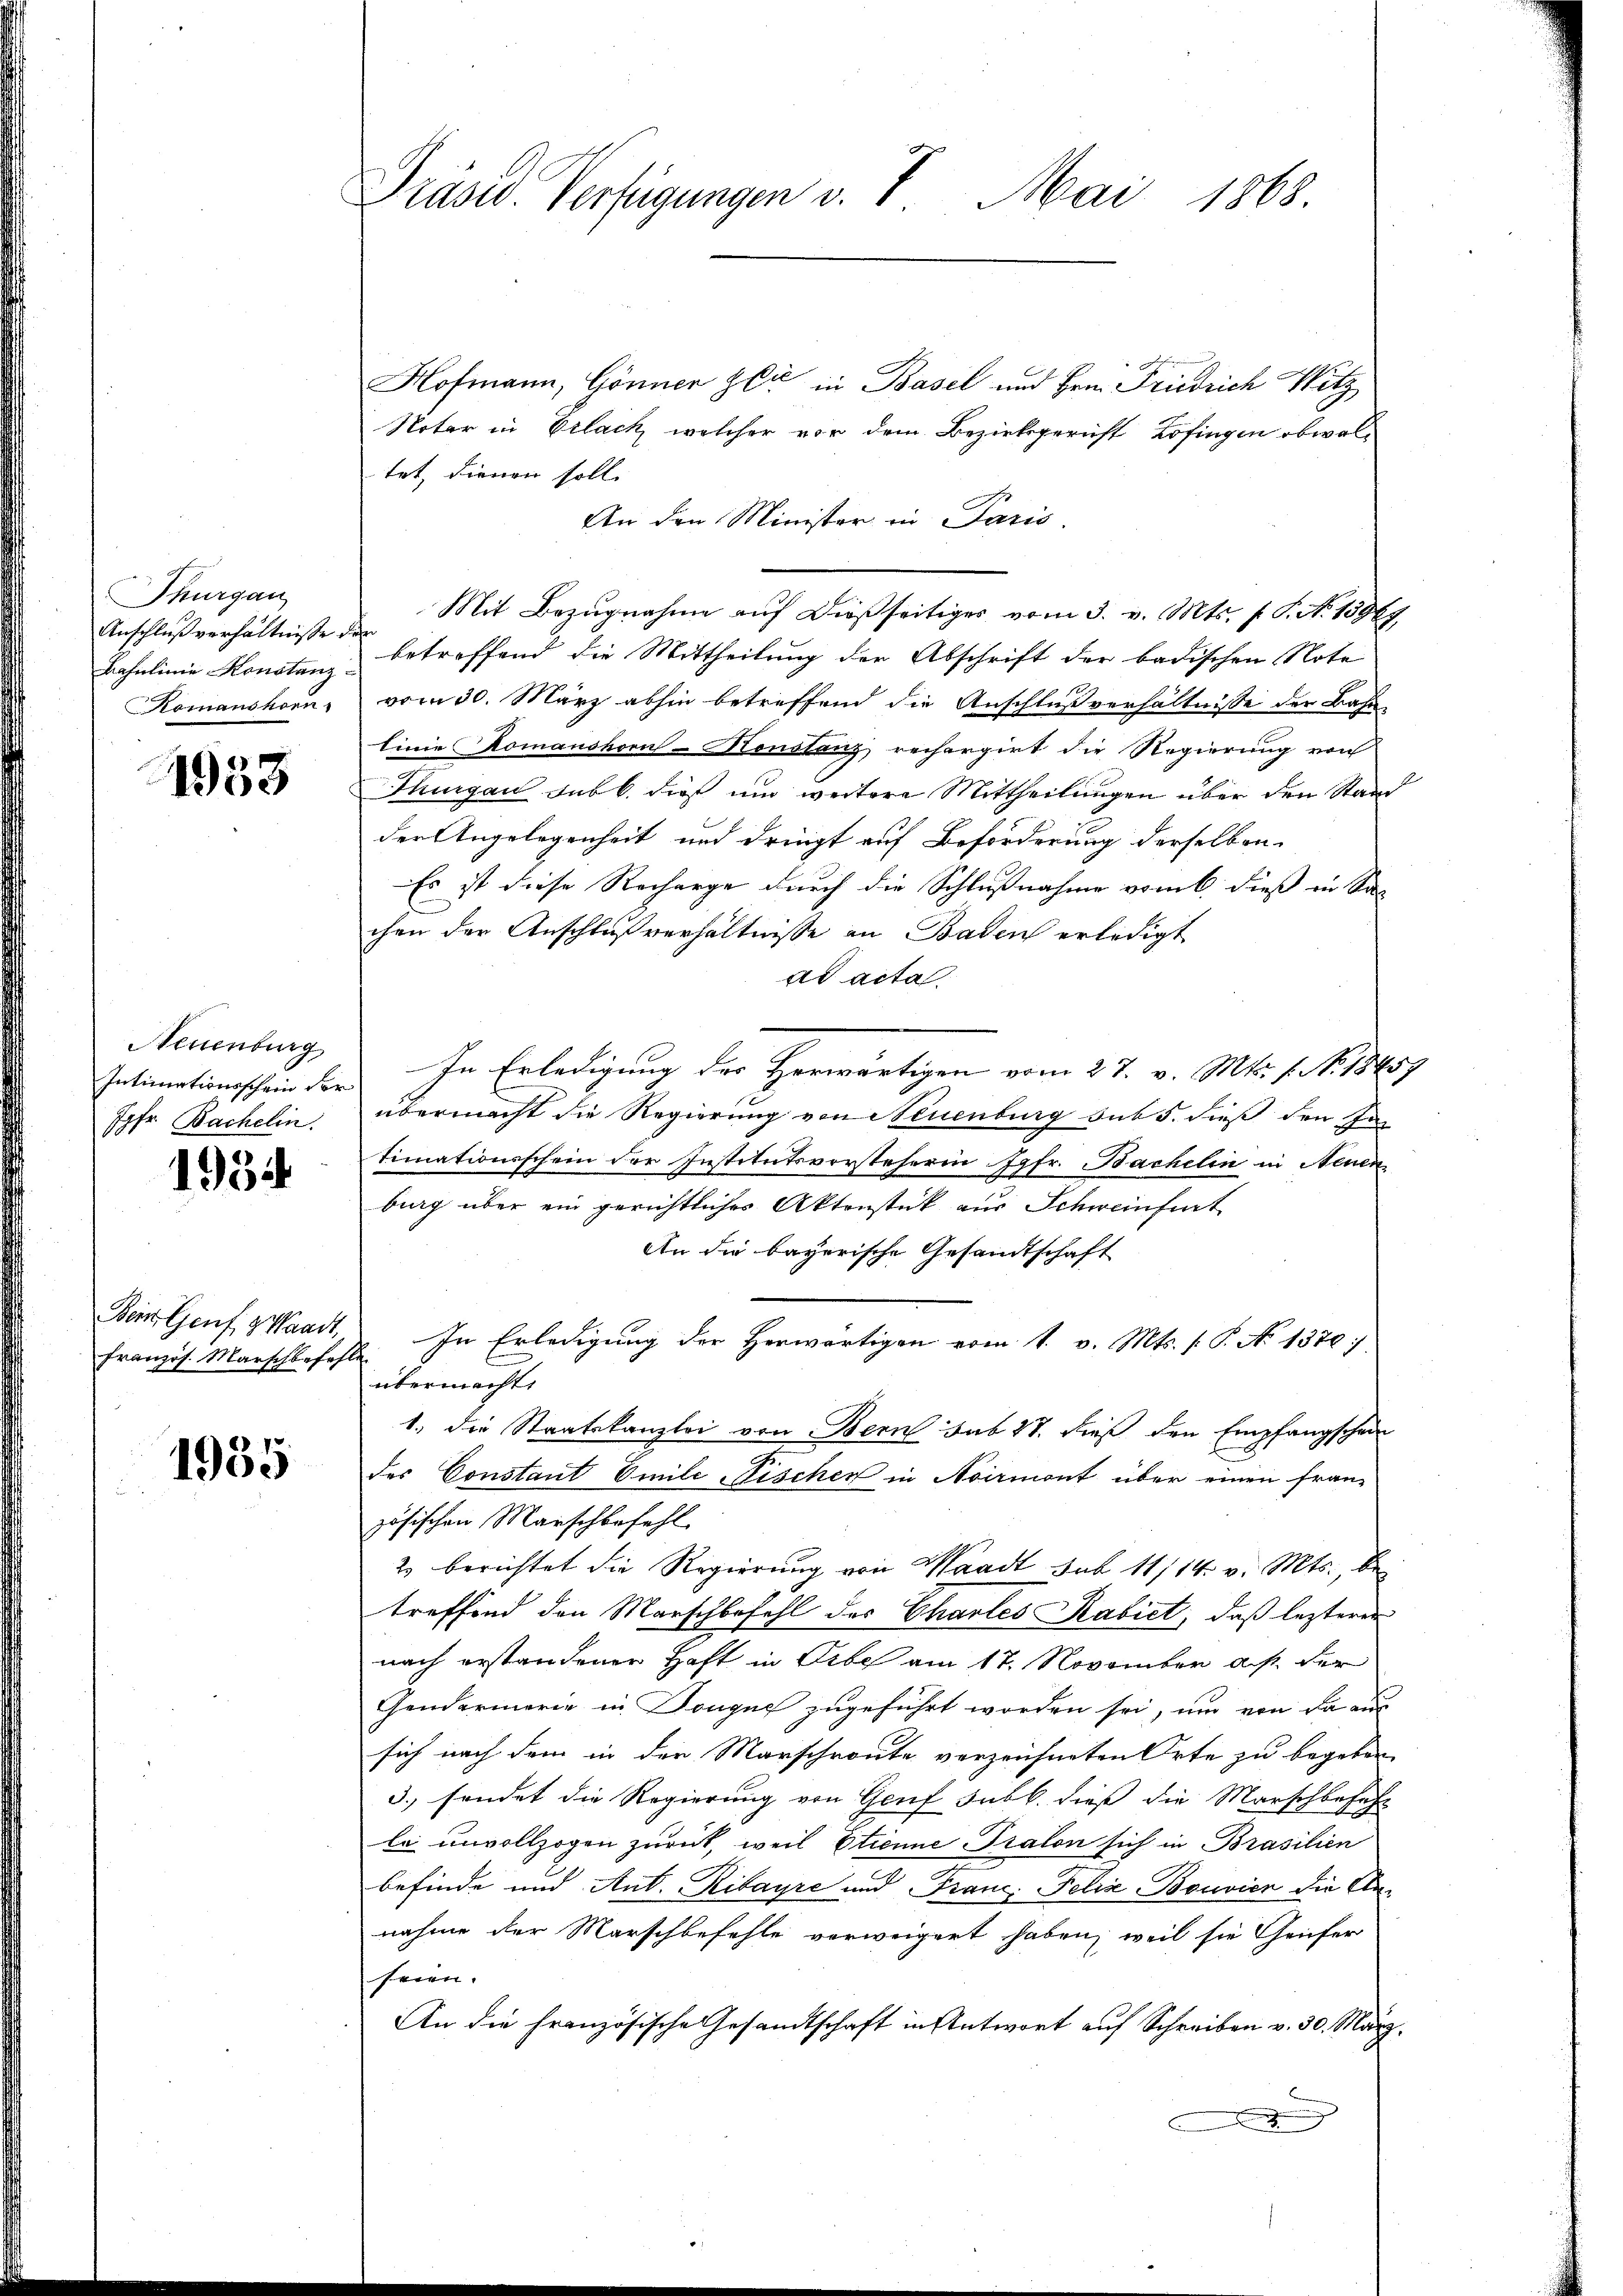
Thurgau
Anschlußverhältnisse de
Bahnlinie Konstanz
Romanshorn

1958

Neuenburg
Intimationsschein der
Jgfr. Bachelin.

1934

Bein Genf, Waadt,
Französ. Marschbefehl

1955

Präsid. Verfügungen v. 7. Mai 1868.

Hofmann, Gönnen Gli in Basel und Hrn. Fridrich Witz
Notar in Erlack, welcher vor dem Bezirksgericht Zofingen obwaltet, dienen soll.
An den Minister in Paris.
Mit Bezugnahme auf dießseitiges vom 3. v. Mts. f. P. No 13964
e
betreffend die Mittheilung der Abschrift der badischen Note
vom 30. März abhin betreffend die Anschlußverhältnisse der Bahn-
linie Komanshorn-Konstanz rechargirt die Regierung von
Thurgau sub b. dieß und weitere Mittheilungen über den Stand
der Angelegenheit und dringt auf Beförderung derselben
Es ist diese Recharge durch die Schlußnahme vom 6. dieß in Sa
chen der Anschlußverhältnisse an Baden erledigt
ad acta.
In Erledigung des Herwärtigen vom 27. v. Mts. f. No. 18459
übermacht die Regierung von Neuenburg sub 5. dieß den In
timationsschein der Institutsvorsteherin Jgfr. Bachelin in Neuen
burg über ein gerichtliches Aktenstück aus Schweinfurt
An die bayerische Gesandtschaft
In Erledigung der Herwärtigen vom 1. v. Mts. (T. No 1370.
übermacht.
1., die Staatskanzlei von Bern sub 27. dieß den Empfangschein
des Constant Emile Fischer in Noirmont über einen fran-
zösischen Marschbefehl
2) berichtet die Regierung von Waadt sub 11/14. v. Mts., betreffend den Marschbefehl des Chartes Kabiet, daß lezterer
nach erstandener Haft in Erbe am 17. November aus der
Gendarmerie in Dongue zugeführt worden sei, um von da aus
sich nach dem in der Marschroute verzeichneten Orte zu begeben,
3. sendet die Regierung von Genf subk. dieß die Marschbehaft
le unvollzogen zurück, weil Etienne Pralon sich in Brasilien
befinde und Ant. Ribayre und Franz Felix Bouvier die Annahme der Marschbefehle verweigert haben, weil sie Geifer
seien.
An die französische Gesandtschaft in Antwort auf Schreiben v. 30. März.